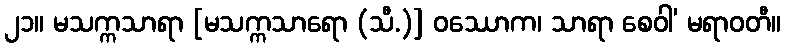
၂၁။ မသက္ကသာရာ [မသက္ကသာရော (သီ.)] ဝဿောက၊ သာရာ စေဝါ’ မရာဝတီ။